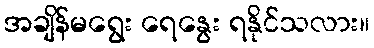
အချိန်မရွေး ရေနွေး ရနိုင်သလား။